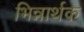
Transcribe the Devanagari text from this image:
भिन्नार्थक